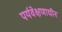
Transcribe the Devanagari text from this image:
पर्यवेक्षणाधीन